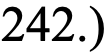
242.)